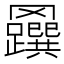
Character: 𦍅